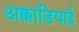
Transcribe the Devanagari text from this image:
अक्काडियाई